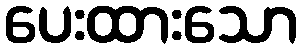
ပေးထားသော